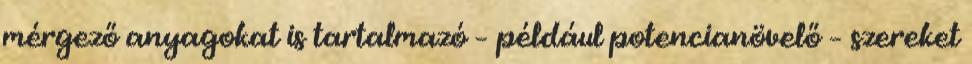
mérgező anyagokat is tartalmazó – például potencianövelő – szereket